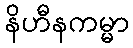
နိဟီနကမ္မာ